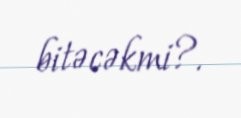
bitəcəkmi?.